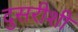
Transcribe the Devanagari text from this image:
दुसरीशी